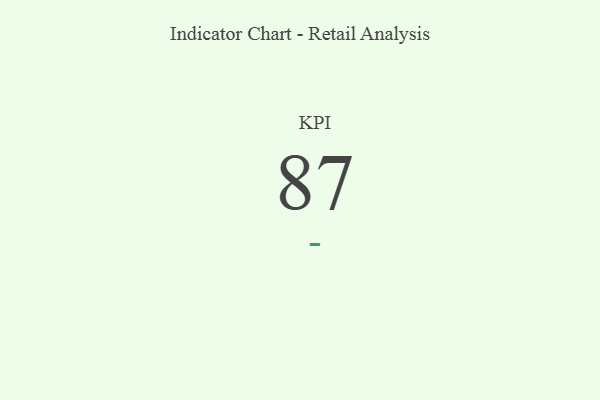
{"axis": {"x": "KPI", "y": "Value"}, "legend": [""], "data": [{"x": "KPI", "y": 87, "type": ""}]}